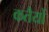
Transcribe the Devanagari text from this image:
कतैयों